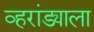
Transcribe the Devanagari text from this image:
व्हरांड्याला